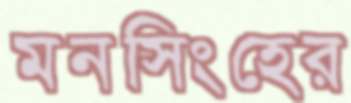
মনসিংহের